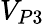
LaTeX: V_{P3}